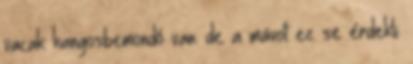
vacak hangosbemondó van. de a mávot ez se érdekli.